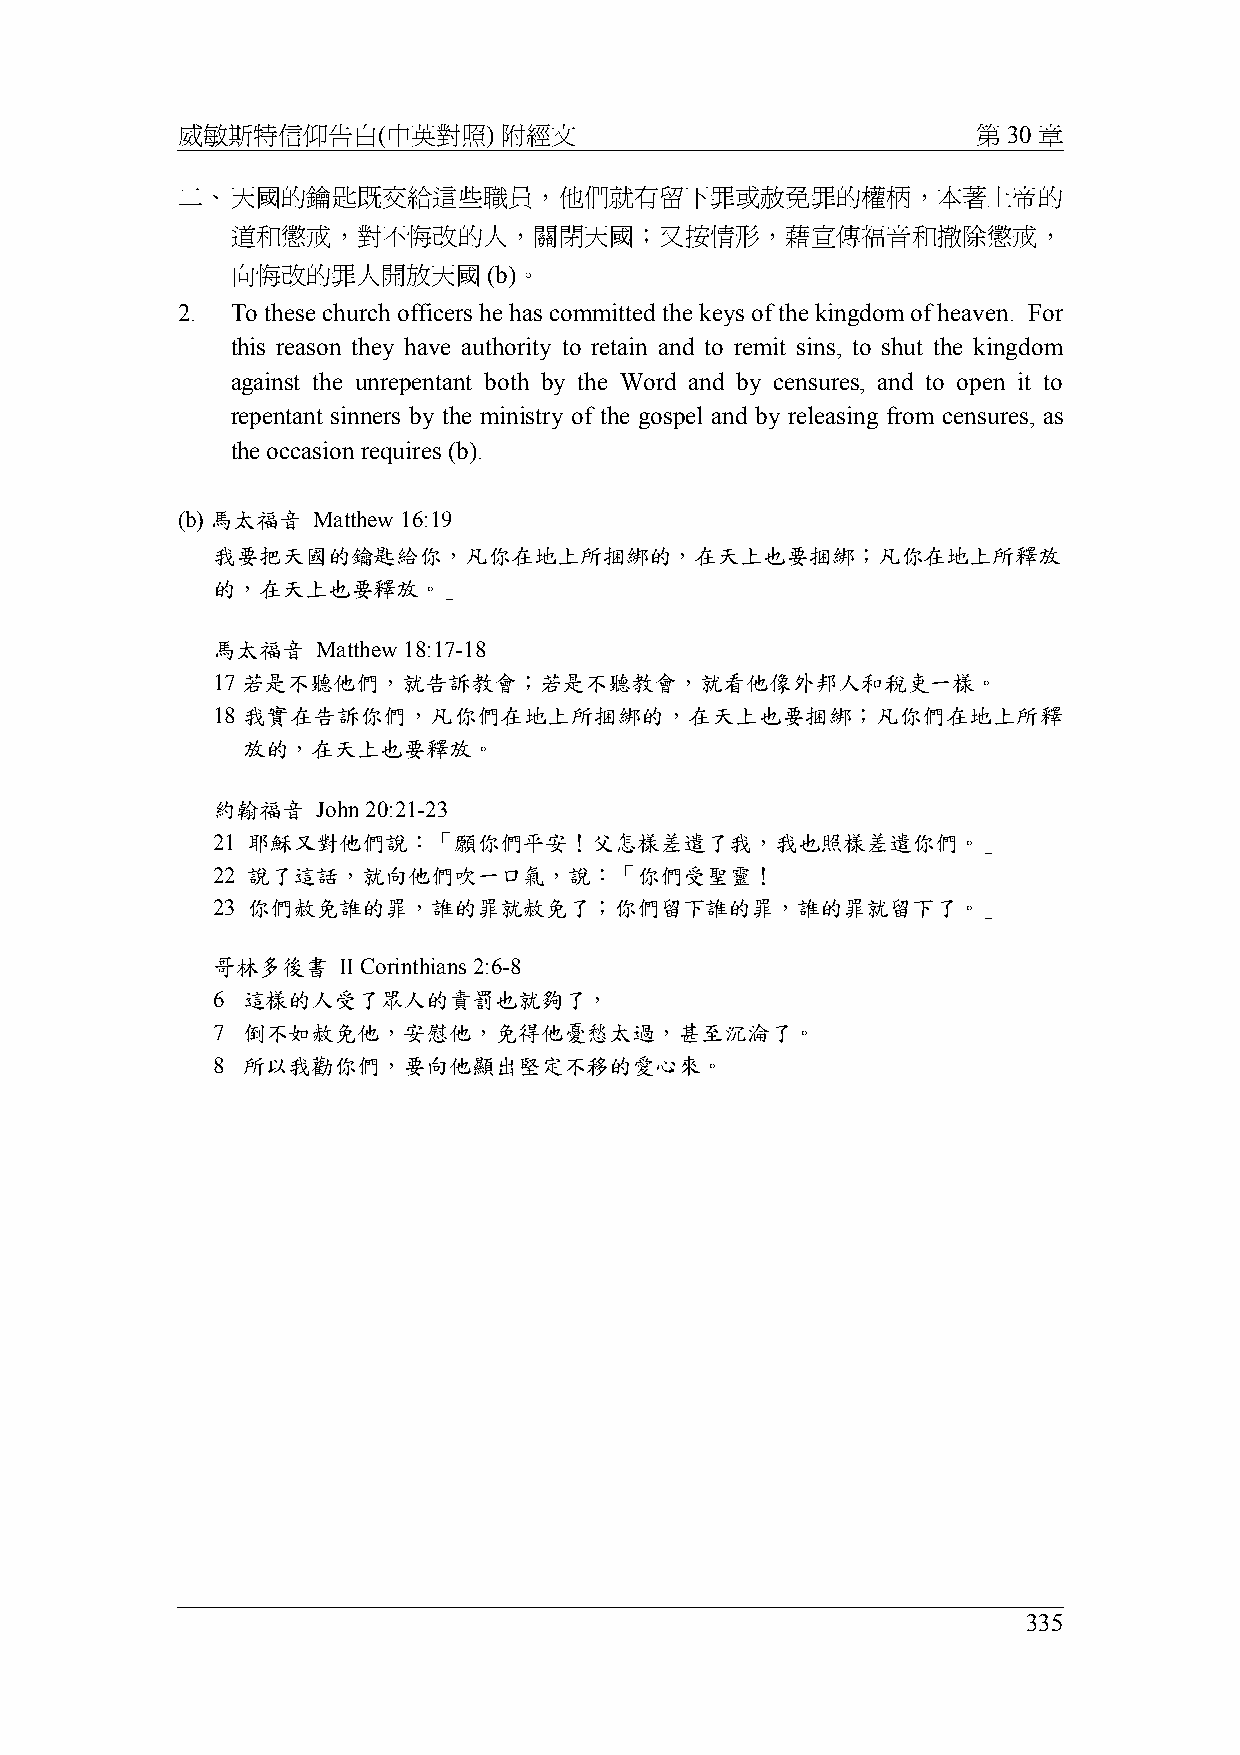
威敏斯特信仰告白(中英對照)       附經文                             第 30 章
 二、天國的鑰匙既交給這些職員，他們就有留下罪或赦免罪的權柄，本著上帝的
 道和懲戒，對不悔改的人，關閉天國；又按情形，藉宣傳福音和撤除懲戒，
 向悔改的罪人開放天國       (b)。
 2. To these church officers he has committed the keys of the kingdom of heaven. For
 this reason they have authority to retain and to remit sins, to shut the kingdom
 against the unrepentant both by the Word and by censures, and to open it to
 repentant sinners by the ministry of the gospel and by releasing from censures, as
 the occasion requires (b).
 (b) 馬太福音 Matthew 16:19
 我要把天國的鑰匙給你，凡你在地上所捆綁的，在天上也要捆綁；凡你在地上所釋放
 的，在天上也要釋放。」
 馬太福音   Matthew 18:17-18
 17 若是不聽他們，就告訴教會；若是不聽教會，就看他像外邦人和稅吏一樣。
 18 我實在告訴你們，凡你們在地上所捆綁的，在天上也要捆綁；凡你們在地上所釋
 放的，在天上也要釋放。
 約翰福音   John 20:21-23
 21 耶穌又對他們說：「願你們平安！父怎樣差遣了我，我也照樣差遣你們。」
 22 說了這話，就向他們吹一口氣，說：「你們受聖靈！
 23 你們赦免誰的罪，誰的罪就赦免了；你們留下誰的罪，誰的罪就留下了。」
 哥林多後書   II Corinthians 2:6-8
 6 這樣的人受了眾人的責罰也就夠了，
 7 倒不如赦免他，安慰他，免得他憂愁太過，甚至沉淪了。
 8 所以我勸你們，要向他顯出堅定不移的愛心來。
 335